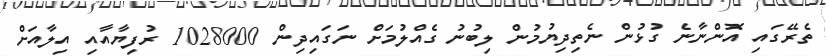
ތެރޭގައި އޮންނާނެ ގުޅުން ނެތިދިޔުމުން ލިބުނު ގެއްލުމަށް ނަގައިދިން 1028000 ރުފިޔާއާއި އިލާއަށް